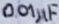
Text: 0.01µF